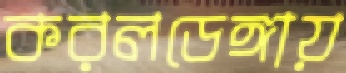
করলডেঙ্গায়